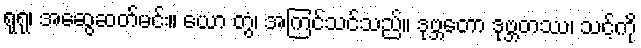
ရုရု၊ အဆွေဆတ်မင်း။ ယော တွံ၊ အကြင်သင်သည်။ ဒုဗ္ဘတော ဒုဗ္ဘတဿ၊ သင့်ကို